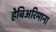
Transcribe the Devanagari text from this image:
हेबिअरिमाना